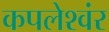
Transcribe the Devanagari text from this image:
कपलेश्वंर